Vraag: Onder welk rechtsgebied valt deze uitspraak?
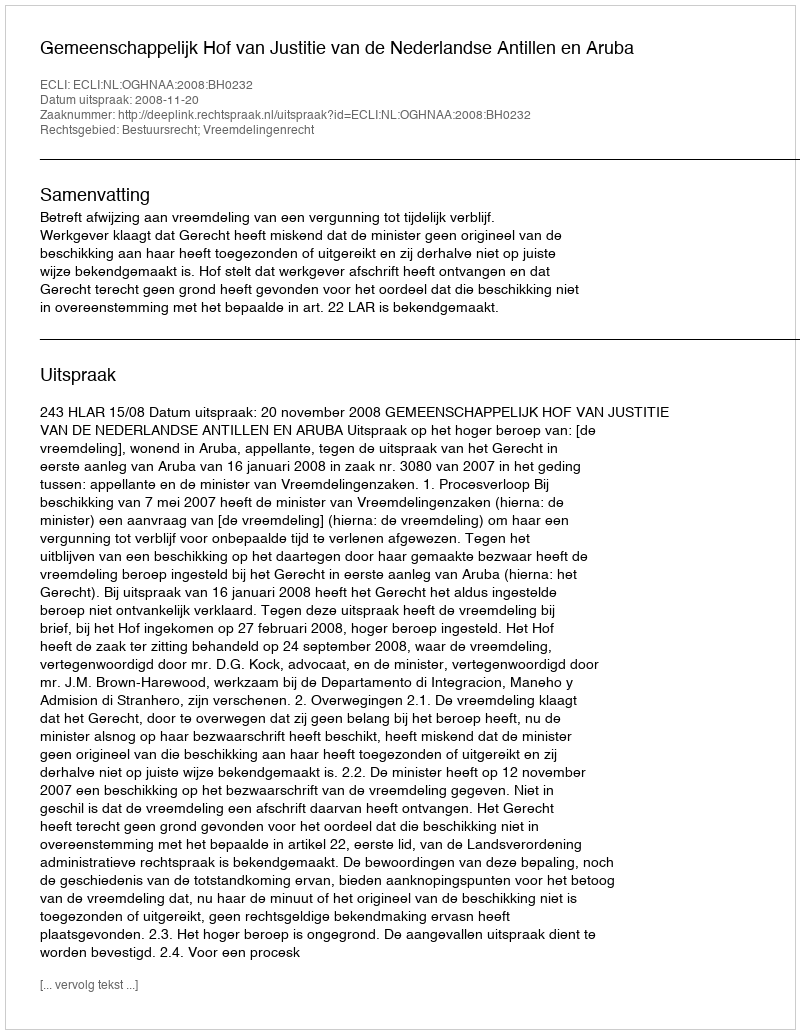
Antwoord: Bestuursrecht; Vreemdelingenrecht